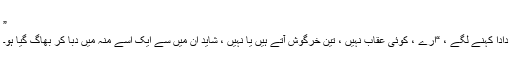
”
دادا کہنے لگے ، “ارے ، کوئی عقاب نہیں ، تین خرگوش آتے ہیں یا نہیں ، شاید ان میں سے ایک اسے منہ میں دبا کر بھاگ گیا ہو۔